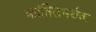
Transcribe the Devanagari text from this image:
क्रांतिसमर्थक